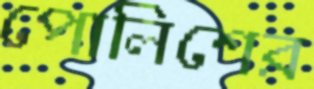
পোলিশের